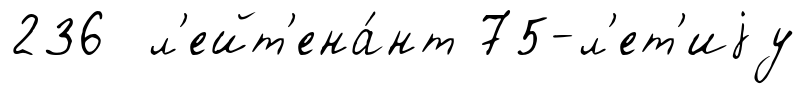
236 л'ейт'ена́нт 75-л'ет'иjу